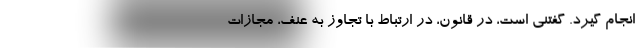
انجام گیرد. گفتنی است، در قانون، در ارتباط با تجاوز به عنف، مجازات